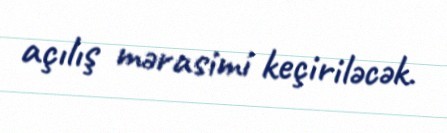
açılış mərasimi keçiriləcək.